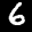
Label: 6